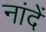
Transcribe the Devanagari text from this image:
नांदें